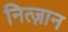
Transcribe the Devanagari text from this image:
नित्ज़ान